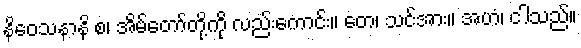
နိဝေသနာနိ စ၊ အိမ်တော်တို့ကို လည်းကောင်း။ တေ၊ သင်အား။ အဟံ၊ ငါသည်။